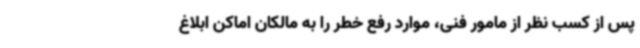
پس از کسب نظر از مامور فنی، موارد رفع خطر را به مالکان اماکن ابلاغ